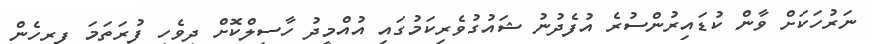
ނަރުހަކަށް ވާން ކުޑައިރުންސުރެ އުފެދުނު ޝައުގުވެރިކަމުގައި އުއްމީދު ހާސިލްކޮށް ދިވެހި ފުރަތަމަ ފިރިހެން